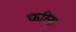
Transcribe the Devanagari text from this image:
फरिना